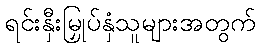
ရင်းနှီးမြှုပ်နှံသူများအတွက်